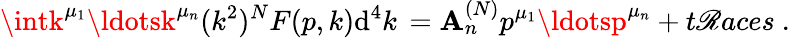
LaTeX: \intk^{\mu_{1}}\ldotsk^{\mu_{n}}(k^{2})^{N}F(p,k)\mathrm{d}^{4}k\, =\mathbf{A}_{n}^{(N)}p^{\mu_{1}}\ldotsp^{\mu_{n}}+t\mathscr{R}aces\ .